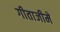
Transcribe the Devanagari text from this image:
गीताजीमें